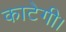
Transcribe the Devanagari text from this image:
काटेगी।